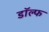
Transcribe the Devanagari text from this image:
डॉल्फ